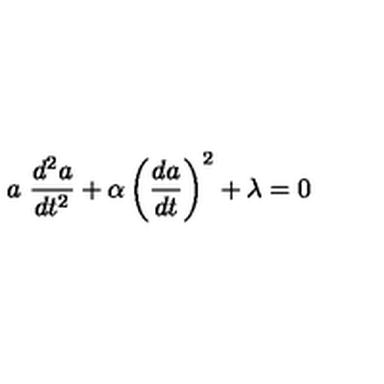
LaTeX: a \ \frac { d ^ { 2 } a } { d t ^ { 2 } } + \alpha \left( \frac { d a } { d t } \right) ^ { 2 } + \lambda = 0